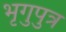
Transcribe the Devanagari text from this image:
भृगुपुत्र